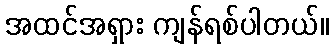
အထင်အရှား ကျန်ရစ်ပါတယ်။